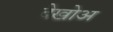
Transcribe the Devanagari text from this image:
देखोअ